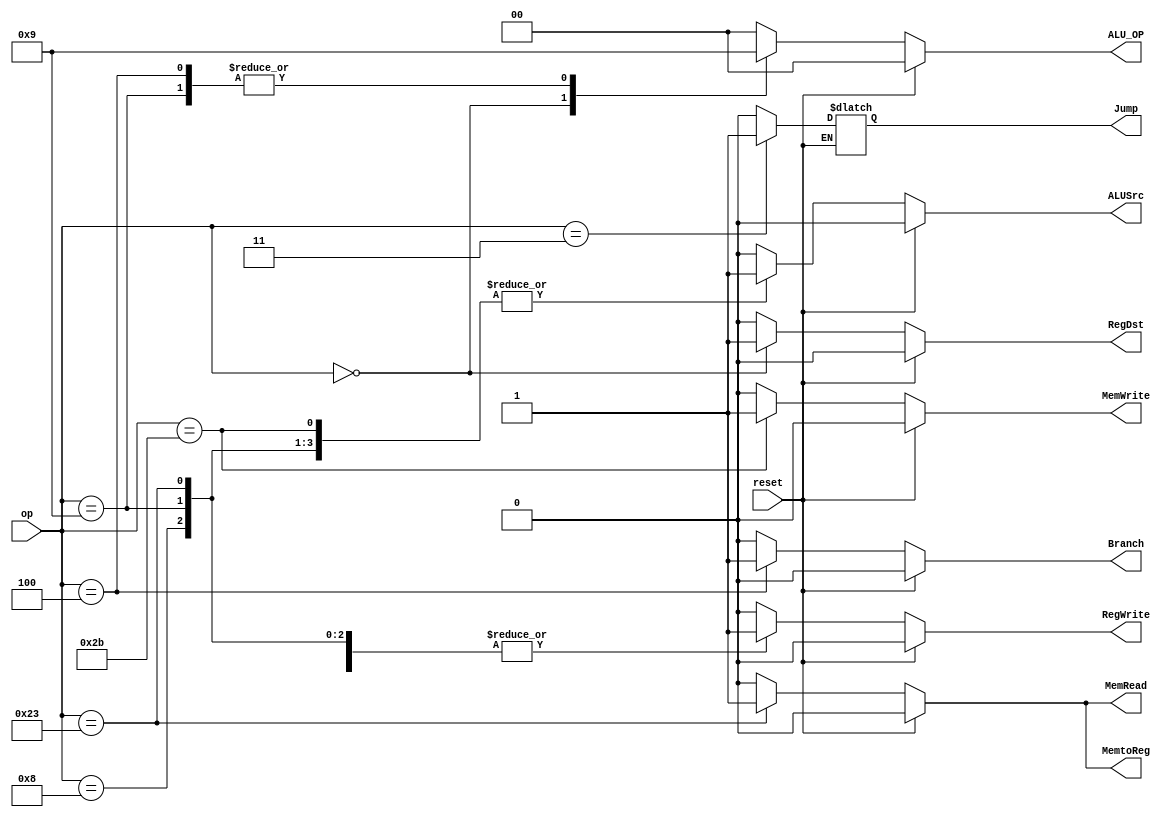
// RegDst : determind register write address
// Reg Dst	,	reg_write_addr		, inst
//	0		,	inst[20:16]	(rt)	, lw
//	1		,	inst[15:11]	(rd)	, R_type
//
// ALUSrc : determind alu_src2
// ALUSrc	,	ALU Src2		, inst
//	0		,	register_data2	, R_type, beq
//	1		,	immediate		, lw, st
//
// MemtoReg : determind register write data
// MemtoReg	,	reg_write_data	, inst
// 0		,	alu_result		, R_type
// 1 		,	mem_read_data	, lw

// RegWrite : register write enable
// RegWrite	,	inst
// 0		,	sw, beq
// 1		,	lw, R_type
//
// memory read enable
// MemRead	,	inst
// 0		,	R_type, sw, beq
// 1		,	lw
//
// memory write enable
// MemWrite	,	inst
// 0		,	R_type, lw, beq
// 1		,	sw
//
// determind branch or not
// Branch	,	inst
// 0		,	R_type, lw, beq
// 1		,	beq
//
// for alu_control
// ALU_OP	,	instr	,	alu_do
//	00		,	lw, sw	,	add
//	01		,	beq		,	sub
//	10		,	R_type	, 	determind by function( inst[5:0] )

/* no use
`define RT 1'b0
`define RD 1'b1

`define R_DATA_2	1'b0
`define IMM			1'b1

`define ALU_RESULT		1'b0
`define MEM_READ_DATA	1'b1

`define REG_W_EN	1'b1
`define REG_W_DIS	1'b0

`define MEM_R_EN	1'b1
`define MEM_R_DIS	1'b0

`define MEM_W_EN	1'b1
`define MEM_W_DIS	1'b0

`define ALU_ADD		2'b00
`define ALU_SUB		2'b01
`define ALU_R_TYPE	2'b10
*/

/* control hazard
 *
 * ------------------put in cpu.v-------------------
 * assign PCSrc = (R_DATA1==R_DATA2) & Branch;
 * assign IFID_flush = (R_DATA1==R_DATA2) & Branch;
 * ------------------put in cpu.v-------------------
 */

`define RTYPE		6'b000_000
`define JUMP		6'b000_011
`define BEQ		6'b000_100

`define	ADDI		6'b001_000
`define	SUBI		6'b001_001

`define LW		6'b100_011

`define SW		6'b101_011

`define NOP		6'b111_111

module Cntrl(
	/* input port */
	reset,
	op,
	/* output port */
	RegDst, ALUSrc, MemtoReg, RegWrite, MemRead, MemWrite, ALU_OP,
	Branch, Jump
);
	// instruction op, inst[31:26]
	input [5:0] op;
	input reset;

	
	output 		RegDst;		// register write address by mux
	output 		ALUSrc;		// alu_src2 by mux
	output 		MemtoReg;	// register write data by mux
	output 		RegWrite;	// register write enable
	output 		MemRead;	// memory read enable
	output 		MemWrite;	// memory write enable
	output [1:0] 	ALU_OP;		// alu_op for alu_control
	output 		Branch;		// branch instr
	output 		Jump;		// jump instr
	
	reg 		RegDst;
	reg 		ALUSrc;
	reg 		MemtoReg;
	reg 		RegWrite;
	reg 		MemRead;
	reg 		MemWrite;
	reg [1:0] 	ALU_OP;
	reg 		Branch;
	reg 		Jump;

	always @(op or reset) begin
		if (reset) begin
			RegDst		= 1'b0;
			ALUSrc		= 1'b0;
			MemtoReg	= 1'b0;
			RegWrite	= 1'b0;
			MemRead 	= 1'b0;
			MemWrite	= 1'b0;
			Branch		= 1'b0;
			ALU_OP		= 2'b00;
		end
		else begin
			case(op)
				`RTYPE:
					begin
						RegDst		= 1'b1;
						ALUSrc		= 1'b0;
						MemtoReg	= 1'b0;
						RegWrite	= 1'b1;
						MemRead 	= 1'b0;
						MemWrite	= 1'b0;
						Branch		= 1'b0;
						Jump		= 1'b0;
						// 10 is R_type, determind by funct(instr[5:0])
						ALU_OP		= 2'b10;
					end
				`BEQ:
					begin
						// RegDst don't care bit
						RegDst		= 1'b0;
						ALUSrc		= 1'b0;
						// MemtoReg don't care bit
						MemtoReg	= 1'b0;
						RegWrite	= 1'b0;
						MemRead 	= 1'b0;
						MemWrite	= 1'b0;
						Branch		= 1'b1;
						Jump		= 1'b0;
						// Because
						//    compare regdata1, regdata2 in ID stage,
						//    so 2'b01 sub for ALU_OP is no use at all
						ALU_OP		= 2'b01;
					end
				`JUMP:
					begin
						RegDst		= 1'b0;
						ALUSrc		= 1'b0;
						MemtoReg	= 1'b0;
						RegWrite	= 1'b0;
						MemRead 	= 1'b0;
						MemWrite	= 1'b0;
						Branch		= 1'b0;
						Jump		= 1'b1;
						// no meaning at all,
						// 00 is add
						ALU_OP		= 2'b00;
					end
				`ADDI:
					begin
						RegDst		= 1'b0;
						ALUSrc		= 1'b1;
						MemtoReg	= 1'b0;
						RegWrite	= 1'b1;
						MemRead		= 1'b0;
						MemWrite	= 1'b0;
						Branch		= 1'b0;
						Jump		= 1'b0;
						// 00 is add
						ALU_OP		= 2'b00;
					end
				`SUBI:
					begin
						RegDst		= 1'b0;
						ALUSrc		= 1'b1;
						MemtoReg	= 1'b0;
						RegWrite	= 1'b1;
						MemRead		= 1'b0;
						MemWrite	= 1'b0;
						Branch		= 1'b0;
						Jump		= 1'b0;
						// 00 is add
						ALU_OP		= 2'b01;
					end
				`LW:
					begin
						RegDst		= 1'b0;
						ALUSrc		= 1'b1;
						MemtoReg	= 1'b1;
						RegWrite	= 1'b1;
						MemRead 	= 1'b1;
						MemWrite	= 1'b0;
						Branch		= 1'b0;
						Jump		= 1'b0;
						// 00 is add
						ALU_OP		= 2'b00;
					end
				`SW:
					begin
						// RegDst don't care bit
						RegDst		= 1'b0;
						ALUSrc		= 1'b1;
						// MemtoReg don't care bit
						MemtoReg	= 1'b0;
						RegWrite	= 1'b0;
						MemRead 	= 1'b0;
						MemWrite	= 1'b1;
						Branch		= 1'b0;
						Jump		= 1'b0;
						// 00 is add
						ALU_OP		= 2'b00;
					end
				`NOP:
					begin
						RegDst		= 1'b0;
						ALUSrc		= 1'b0;
						MemtoReg	= 1'b0;
						RegWrite	= 1'b0;
						MemRead		= 1'b0;
						MemWrite	= 1'b0;
						Branch		= 1'b0;
						Jump		= 1'b0;
						// 00 is add
						ALU_OP		= 2'b00;
					end
				default:	// default is nop
					begin
						RegDst		= 1'b0;
						ALUSrc		= 1'b0;
						MemtoReg	= 1'b0;
						RegWrite	= 1'b0;
						MemRead		= 1'b0;
						MemWrite	= 1'b0;
						Branch		= 1'b0;
						Jump		= 1'b0;
						ALU_OP		= 2'b00;
					end
			endcase	//case
		end // else
	end	// always
endmodule